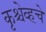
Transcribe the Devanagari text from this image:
कृश्चेव्हचे